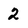
Character: 2